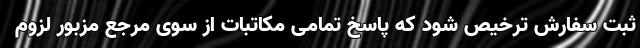
ثبت سفارش ترخیص شود که پاسخ تمامی مکاتبات از سوی مرجع مزبور لزوم